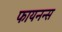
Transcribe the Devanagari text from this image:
फायनन्स